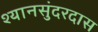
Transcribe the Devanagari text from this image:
श्यानसुंदरदास